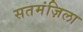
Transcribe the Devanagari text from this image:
सतमंज़िला